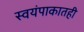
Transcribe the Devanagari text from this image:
स्वयंपाकातही